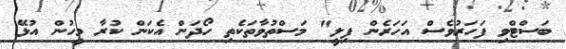
ބަސްޓްވި ފަހަރުވެސް އަހަރެން ފިލީ" މަސްތުވާތަކެތި ހޯދަން އެކަން ކުރާ މީހުން އުޅޭ